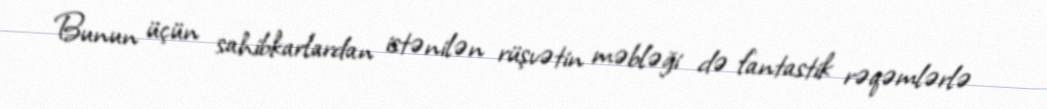
Bunun üçün sahibkarlardan istənilən rüşvətin məbləği də fantastik rəqəmlərlə